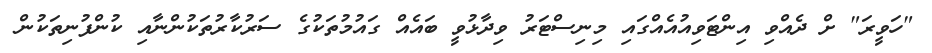
"ހަވީރަ" ށް ދެއްވި އިންޓަވިއުއެއްގައި މިނިސްޓަރު ވިދާޅުވީ ބައެއް ގައުމުތަކުގެ ސަރުކާރުތަކުންނާއި ކުންފުނިތަކުން